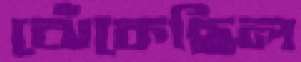
ঝেঁকেছিল